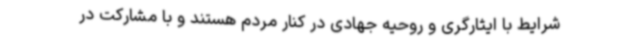
شرایط با ایثارگری و روحیه جهادی در کنار مردم هستند و با مشارکت در